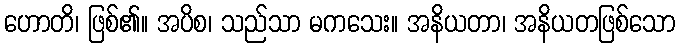
ဟောတိ၊ ဖြစ်၏။ အပိစ၊ သည်သာ မကသေး။ အနိယတာ၊ အနိယတဖြစ်သော